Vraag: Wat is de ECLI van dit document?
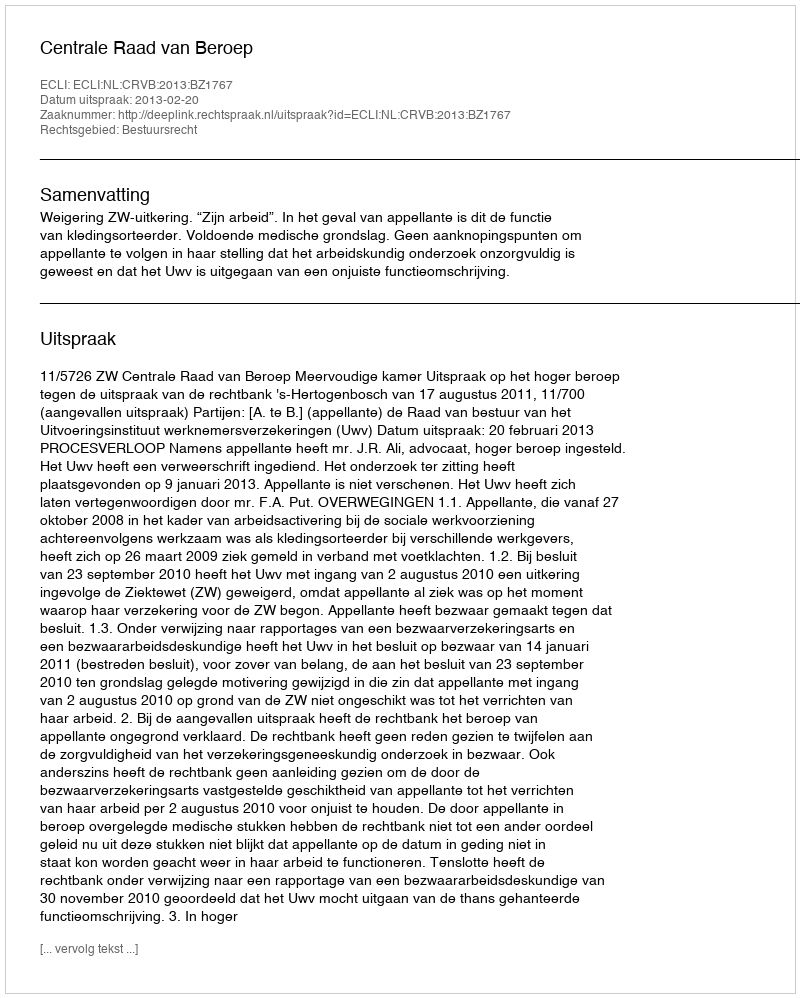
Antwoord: ECLI:NL:CRVB:2013:BZ1767